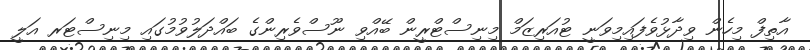
އާތިފް މިހެން ވިދާޅުވެފައިމިވަނީ ޓުއަރިޒަމް މިނިސްޓްރީން ބޭއްވި ނޫސްވެރިންގެ ބައްދަލުވުމުގައި މިނިސްޓަރ އަލީ